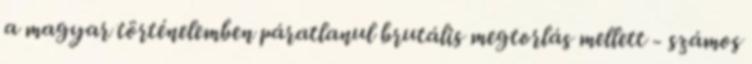
a magyar történelemben páratlanul brutális megtorlás mellett - számos